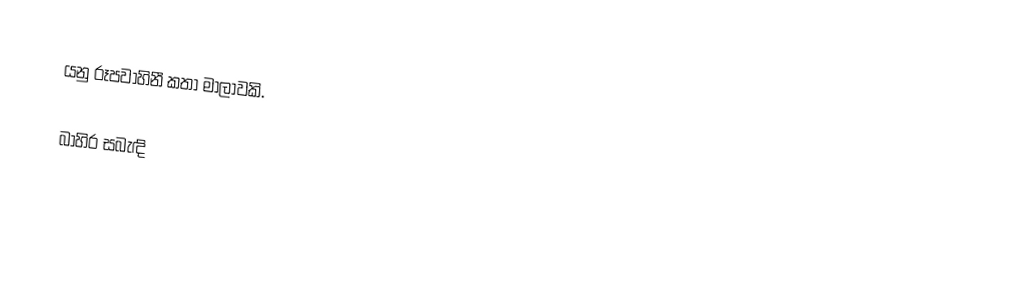
යනු රූපවාහිනී කතා මාලාවකි.

බාහිර සබැඳි